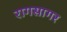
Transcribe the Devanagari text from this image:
रागसागर